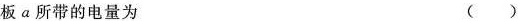
板α所带的电量为 ( )